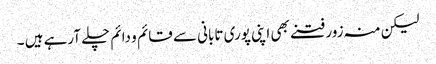
لیکن منہ زور فتنے بھی اپنی پوری تابانی سے قائم و دائم چلے آرہے ہیں ۔